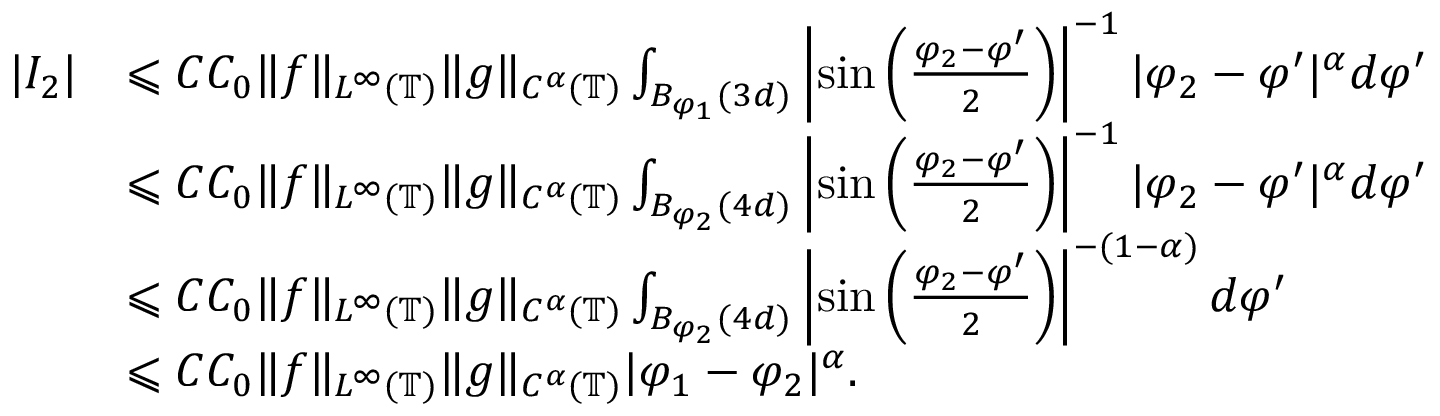
\begin{array} { r l } { | I _ { 2 } | } & { \leqslant C C _ { 0 } \| f \| _ { L ^ { \infty } ( \mathbb { T } ) } \| g \| _ { C ^ { \alpha } ( \mathbb { T } ) } \int _ { B _ { \varphi _ { 1 } } ( 3 d ) } \left| \sin \left( \frac { \varphi _ { 2 } - \varphi ^ { \prime } } { 2 } \right) \right| ^ { - 1 } | \varphi _ { 2 } - \varphi ^ { \prime } | ^ { \alpha } d \varphi ^ { \prime } } \\ & { \leqslant C C _ { 0 } \| f \| _ { L ^ { \infty } ( \mathbb { T } ) } \| g \| _ { C ^ { \alpha } ( \mathbb { T } ) } \int _ { B _ { \varphi _ { 2 } } ( 4 d ) } \left| \sin \left( \frac { \varphi _ { 2 } - \varphi ^ { \prime } } { 2 } \right) \right| ^ { - 1 } | \varphi _ { 2 } - \varphi ^ { \prime } | ^ { \alpha } d \varphi ^ { \prime } } \\ & { \leqslant C C _ { 0 } \| f \| _ { L ^ { \infty } ( \mathbb { T } ) } \| g \| _ { C ^ { \alpha } ( \mathbb { T } ) } \int _ { B _ { \varphi _ { 2 } } ( 4 d ) } \left| \sin \left( \frac { \varphi _ { 2 } - \varphi ^ { \prime } } { 2 } \right) \right| ^ { - ( 1 - \alpha ) } d \varphi ^ { \prime } } \\ & { \leqslant C C _ { 0 } \| f \| _ { L ^ { \infty } ( \mathbb { T } ) } \| g \| _ { C ^ { \alpha } ( \mathbb { T } ) } | \varphi _ { 1 } - \varphi _ { 2 } | ^ { \alpha } . } \end{array}